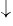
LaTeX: ^{\downarrow}